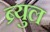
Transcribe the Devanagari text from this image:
ब्र्युल